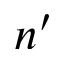
n ^ { \prime }